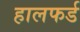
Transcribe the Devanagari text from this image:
हालफर्ड